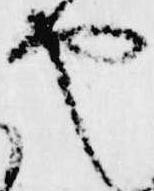
や